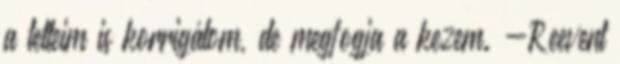
a tetteim is korrigálom, de megfogja a kezem. -Reevent